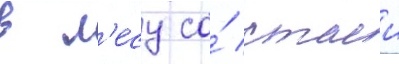
в л'есу со́ стаеи